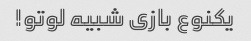
یکنوع بازی شبیه لوتو!